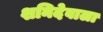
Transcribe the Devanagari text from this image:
शनिदेवाला